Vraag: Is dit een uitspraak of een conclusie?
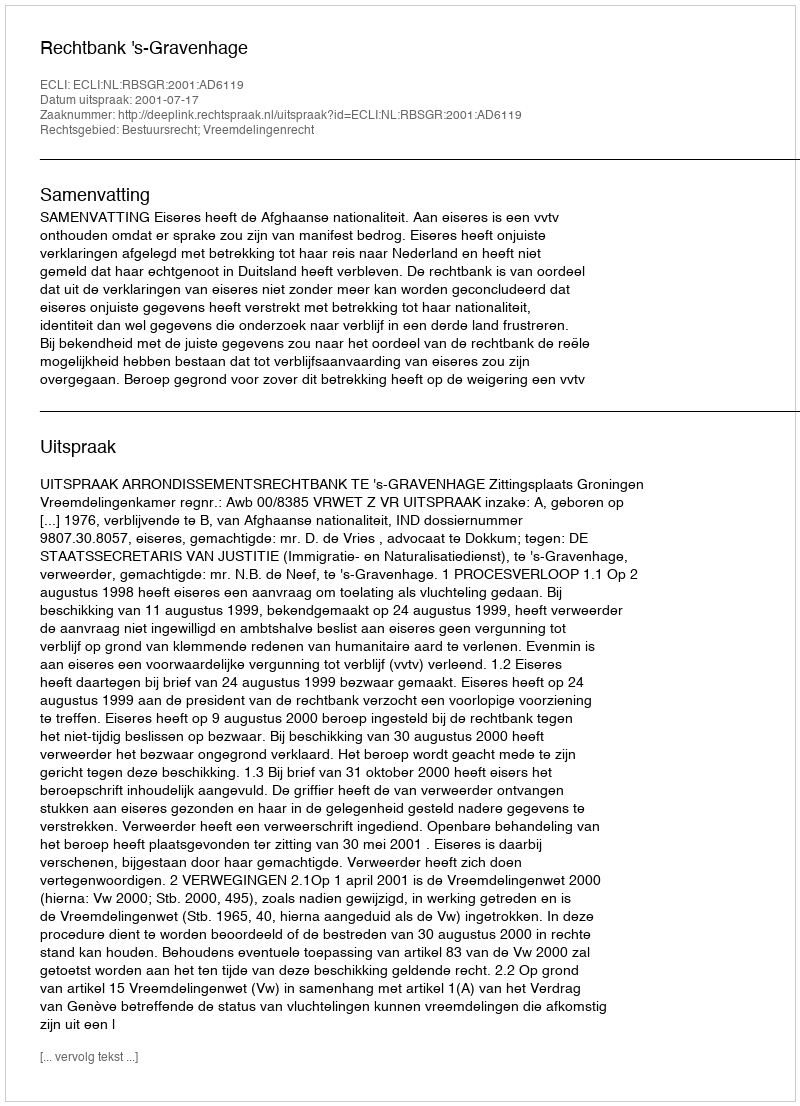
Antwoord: Uitspraak